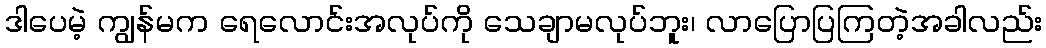
ဒါပေမဲ့ ကျွန်မက ရေလောင်းအလုပ်ကို သေချာမလုပ်ဘူး၊ လာပြောပြကြတဲ့အခါလည်း